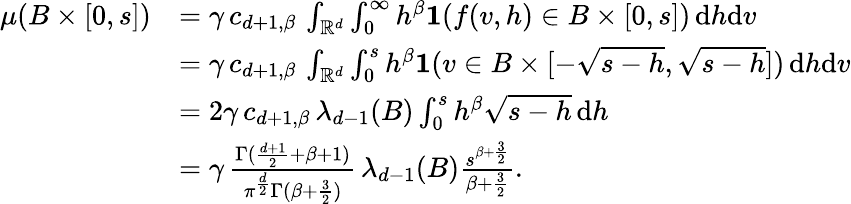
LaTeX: \begin{array}{rl}{\mu(B\times[0,s])}&{=\gamma\, c_{d+1,\beta}\, \int_{\mathbb{R}^{d}}\int_{0}^{\infty}h^{\beta}{\mathbf 1}(f(v,h)\in B\times[0,s])\, \mathrm{d}h\mathrm{d}v}\\ &{=\gamma\, c_{d+1,\beta}\, \int_{\mathbb{R}^{d}}\int_{0}^{s}h^{\beta}{\mathbf 1}(v\in B\times[-\sqrt{s-h},\sqrt{s-h}])\, \mathrm{d}h\mathrm{d}v}\\ &{=2\gamma\, c_{d+1,\beta}\, \lambda_{d-1}(B)\int_{0}^{s}h^{\beta}\sqrt{s-h}\, \mathrm{d}h}\\ &{=\gamma\, {\frac{\Gamma({\frac{d+1}{2}}+\beta+1)}{\pi^{\frac{d}{2}}\Gamma(\beta+{\frac{3}{2}})}}\, \lambda_{d-1}(B){\frac{s^{\beta+{\frac{3}{2}}}}{\beta+{\frac{3}{2}}}}.}\end{array}